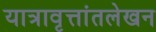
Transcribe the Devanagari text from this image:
यात्रावृत्तांतलेखन